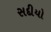
સદીયો